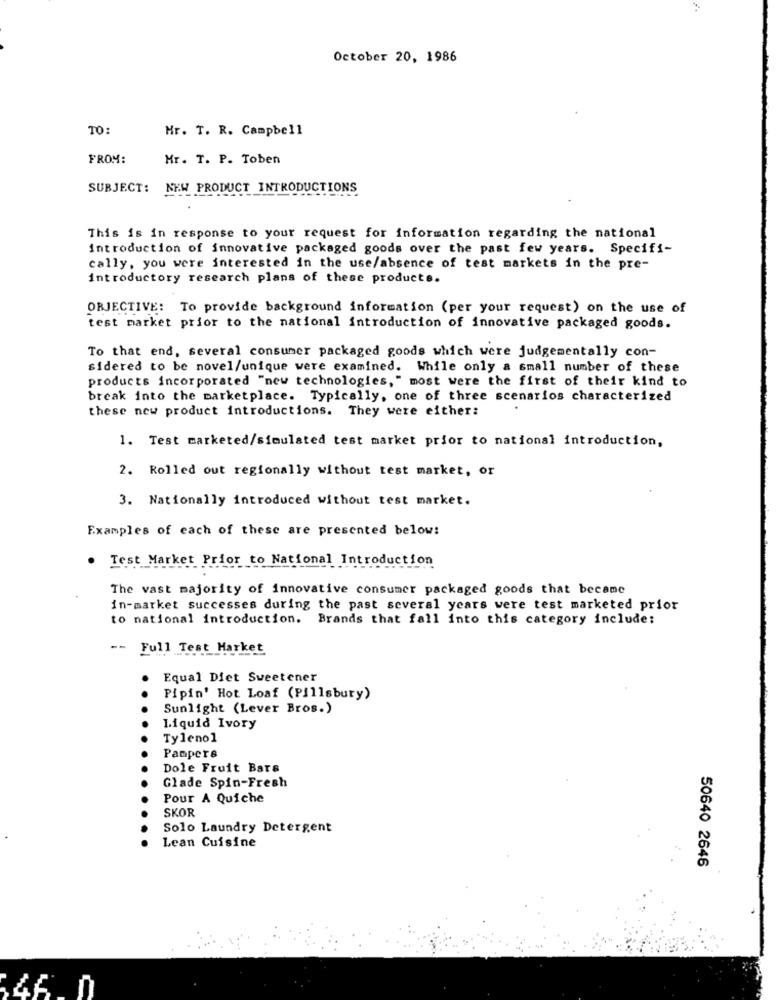
October 20, 1986
TO:
Mr. T. R. Campbell
FROM:
Mr. T. P. Toben
SUBJECT:
NEW PRODUCT INTRODUCTIONS
This is in response to your request for information regarding the national
Introduction of innovative packaged goods over the past few years. Specifi-
cally, you were interested in the use/absence of test markets in the pre-
introductory research plans of these products.
ORJECTIVE: To provide background information (per your request) on the use of
test market prior to the national introduction of innovative packaged goods.
To that end, several consumer packaged goods which were judgementally con-
sidered to be novel/unique were examined. While only a small number of these
products incorporated "new technologies," most were the first of their kind to
break into the marketplace. Typically, one of three scenarios characterized
these new product introductions. They were either:
1. Test marketed/simulated test market prior to national introduction,
2. Rolled out regionally without test market, or
3. Nationally introduced without test market.
Examples of each of these are presented below:
Test Market Prior to National Introduction
The vast majority of innovative consumer packaged goods that became
in-market successes during the past several years were test marketed prior
to national introduction. Brands that fall into this category include:
-- Full Test Market
Equal Diet Sweetener
Pipin' Hot Loaf (Pillsbury)
Sunlight (Lever Bros.)
Liquid Ivory
Tylenol
Pampers
Dole Fruit Bars
Glade Spin-Fresh
Pour A Quiche
SKOR
Solo Laundry Detergent
Lean Cuisine
50640 2646